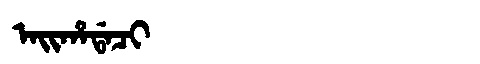
Manchu: ᠠᡳᡥᠠᡩᠠᠴᡳ
Romanization: AIHADACI